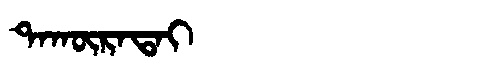
Manchu: ᡨᠠᡴᡡᡵᠠᡨᠠᡳ
Romanization: TAKŪRATAI